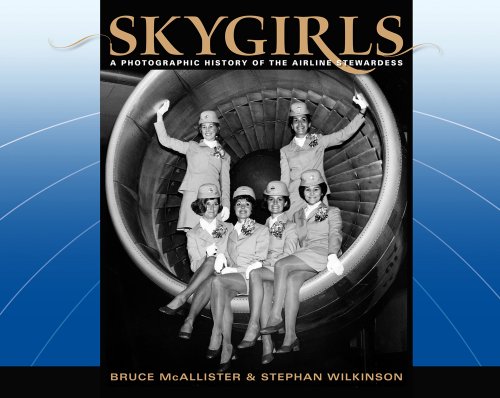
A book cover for Skygirls: A Photographic History of the Airline Stewardess; Bruce McAllister; Arts & Photography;